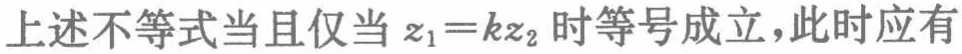
上述不等式当且仅当 \(z_{1}=kz_{2}\) 时等号成立，此时应有